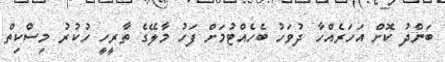
ބަންދު ކޮށް އަހަރެއްްހާ ދުވަހު ބެހެއްޓުމަށް ފަހު މާލޭގެ ތާރީހީ ހުކުރު މިސްކިތް